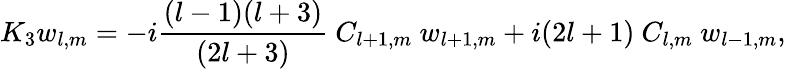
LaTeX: K_{3}w_{l,m}=-i{\frac{(l-1)(l+3)}{(2l+3)}}\ C_{l+1,m}\ w_{l+1,m}+i(2l+1)\ C_{l,m}\ w_{l-1,m},